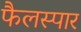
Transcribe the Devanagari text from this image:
फैलस्पार